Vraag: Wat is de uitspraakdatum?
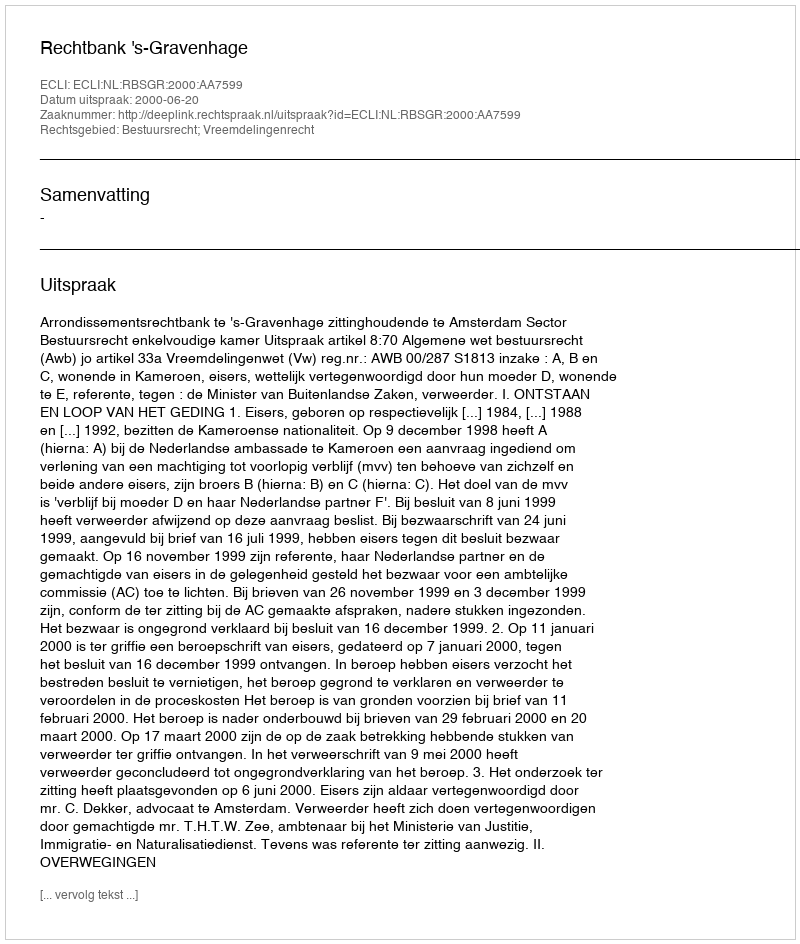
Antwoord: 2000-06-20